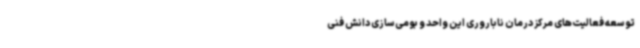
توسعه فعالیت‌های مرکز درمان ناباروری این واحد و بومی‌سازی دانش فنی